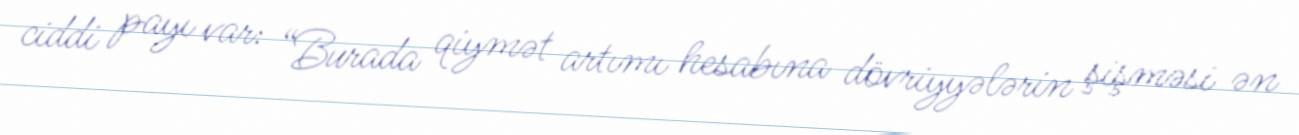
ciddi payı var: “Burada qiymət artımı hesabına dövriyyələrin şişməsi ən